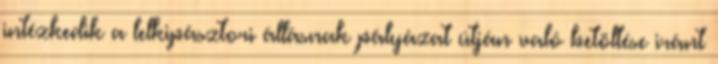
intézkedik a lelkipásztori állásnak pályázat útján való betöltése iránt